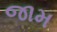
જામ